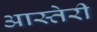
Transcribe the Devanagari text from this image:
आस्तेरी